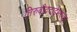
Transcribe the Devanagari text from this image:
तिरुवीददाईमरुदुर